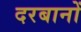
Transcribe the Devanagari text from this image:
दरबानों